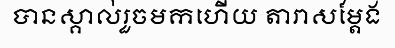
បានស្គាល់រួចមកហើយ តារាសម្តែង